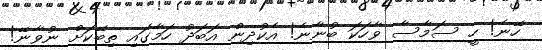
ހޭނެ! ހީ ސަމާސާ ވާހަކަ ބުނާނެ! އެކުދިން އަަބަދު ހަމާގައި ތިބޭކަށް ނުވާނޭ!